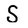
Character: S